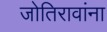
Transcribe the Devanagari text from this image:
जोतिरावांना